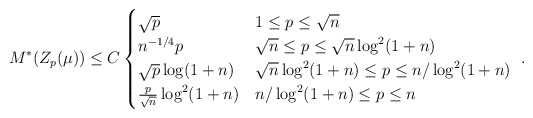
\begin{align*} M^*(Z_p(\mu)) \leq C \begin{cases} \sqrt{p} & 1 \leq p \leq \sqrt{n} \\ n^{-1/4} p & \sqrt{n} \leq p \leq \sqrt{n} \log^2(1+n) \\\sqrt{p} \log(1+n) & \sqrt{n} \log^2(1+n) \leq p \leq n / \log^2 (1+n) \\ \frac{p}{\sqrt{n}} \log^2(1+n) & n / \log^2 (1+n) \leq p \leq n \end{cases} ~.\end{align*}